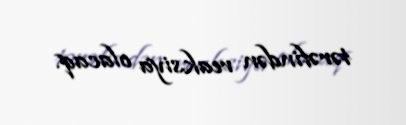
tərəfindən reaksiya olacaq.